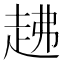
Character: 䞞